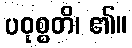
ပဝုစ္စတိ၊ ၏။